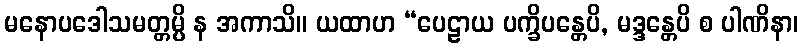
မနောပဒေါသမတ္တမ္ပိ န အကာသိ။ ယထာဟ “ပေဠာယ ပက္ခိပန္တေပိ, မဒ္ဒန္တေပိ စ ပါဏိနာ၊